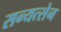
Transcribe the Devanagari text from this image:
सन्यत्सेन